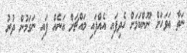
ނަތާ އަވަހަށް ނޫންކަމަށް ހެދިފައި އެއްފައި މައްޗަށް އަނެއް ފައި ނަގަމުން ދުރު